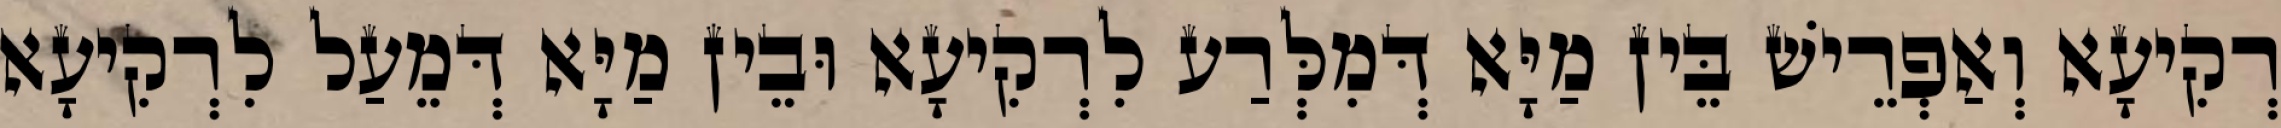
רְקִיעָא וְאַפְרֵישׁ בֵּין מַיָּא דְּמִלְּרַע לִרְקִיעָא וּבֵין מַיָּא דְּמֵעַל לִרְקִיעָא